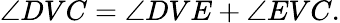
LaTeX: \angle DVC=\angle DVE+\angle EVC.